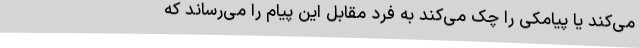
می‌کند یا پیامکی را چک می‌کند به فرد مقابل این پیام را می‌رساند که